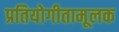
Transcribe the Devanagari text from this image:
प्रतियोगीतामूलक